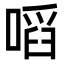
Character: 㗖